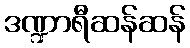
ဒဏ္ဍာရီဆန်ဆန်